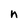
Character: n